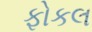
ફોકલ